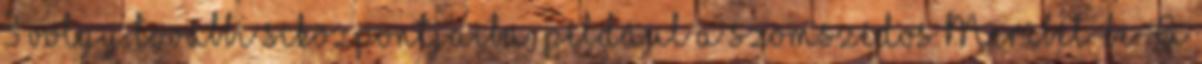
3 völgy további síközpontjaiba, például a szomszédos Meribél-be. A